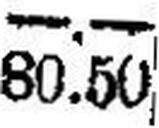
80.50